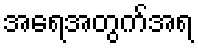
အရေအတွက်အရ